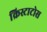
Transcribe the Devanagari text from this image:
क्रिस्टाटोस